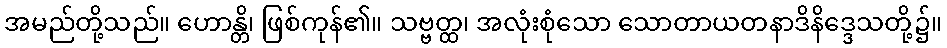
အမည်တို့သည်။ ဟောန္တိ၊ ဖြစ်ကုန်၏။ သဗ္ဗတ္ထ၊ အလုံးစုံသော သောတာယတနာဒိနိဒ္ဒေသတို့၌။